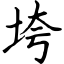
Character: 垮